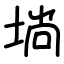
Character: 埫